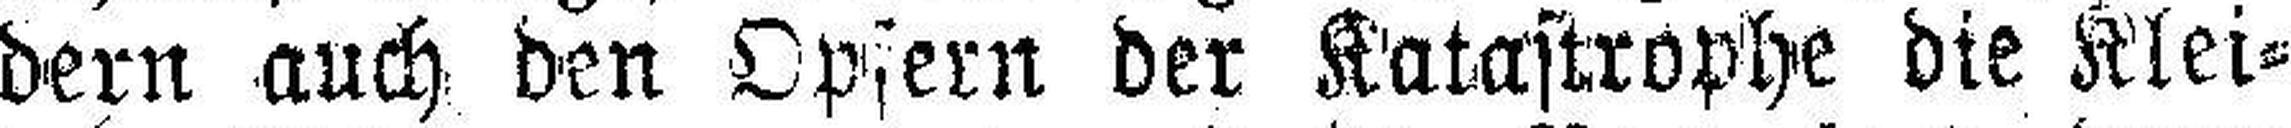
dern auch den Opfern der Katastrophe die Klei¬